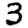
Digit: 3